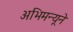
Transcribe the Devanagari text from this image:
अभिमन्यूने